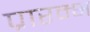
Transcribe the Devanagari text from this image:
प्रारम्भ